Annual report on the working of the lock hospitals in the Central Provinces
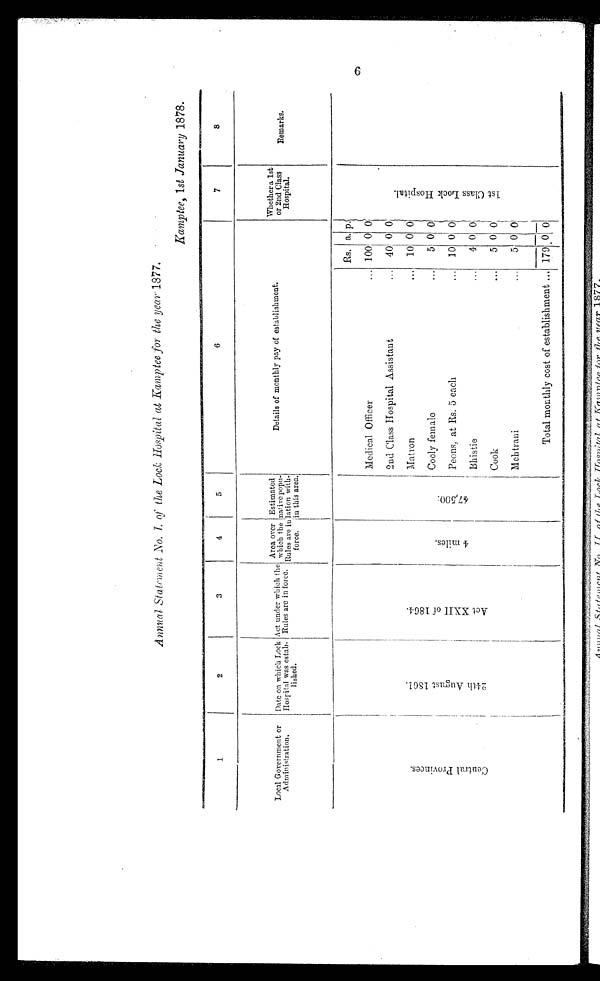
Annual Statement No.1. of the Lock Hospital at Kamptee for the year 1877.
Kamptee, 1st January 1878.
1
2
3
4
5
6
7
8
Local Government or
Administration.
Date on which Lock
Hospital was estab-
lished.
Act under which the
Rules are in force.
Area over
which the
Rules are in
force.
Estimated
native popu-
lotion with-
in this area.
Details of monthly pay of establishment.
Whether a 1st
or 2nd Class
Hospital.
Remarks.
C e n t r a l P r o v i n c e s .
2 4 t h A u g u s t 1 8 6 1 .
A c t X X I I o f 1 8 6 4 .
4 m i l e s .
4 7 , 5 0 0 .
Rs. a. p
1 s t C l a s s L o c k H o s p i t a l .
Medical Officer
... 100 0 0
2nd Class Hospital Assistant
... 40 0 0
Matron
10 0 0
Cooly female
...
5 0 0
P e o n s , a t R s . 5 e a c h
. . .
10 0 0
Bhistie
4 0 0
Cook
...
5 0 0
Mehtrani
5 0 0
Total monthly cost of establishment ... 179 0 0